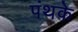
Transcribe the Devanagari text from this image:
पंथके